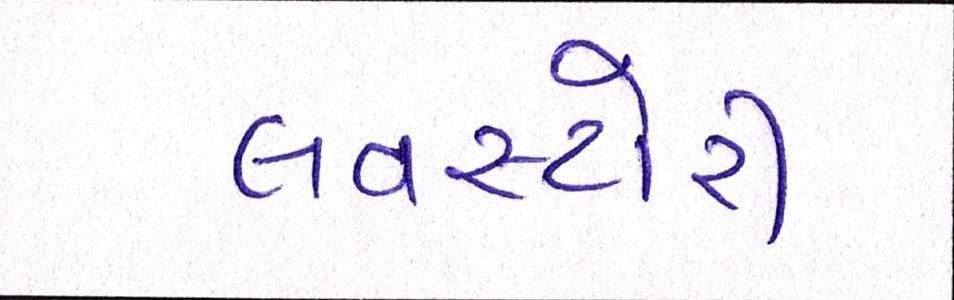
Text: લવસ્ટોરી